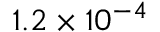
1 . 2 \times 1 0 ^ { - 4 }